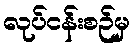
လုပ်ငန်းစဉ်မှ